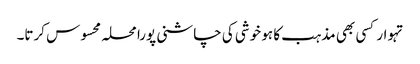
تہوار کسی بھی مذہب کا ہو خوشی کی چاشنی پورا محلہ محسوس کرتا۔